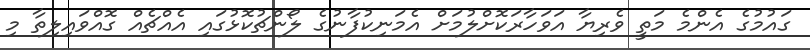
ގައުމުގެ އެންމެ މަތީ ވެރިޔާ އަވަހާރަކޮށްލުމަށް އެމަނިކުފާނުގެ ލޯންޗުކޮޅުގައި އެއްޗެއް ގޮއްވައިލިތާ މި